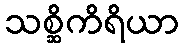
သစ္ဆိကိရိယာ